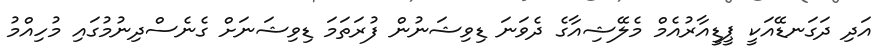
އަދި ދަގަނޑޭއަކީ ޕީޑީއާރުއެމް މެލޭޝިއާގެ ދެވަނަ ޑިވިޝަނުން ފުރަތަމަ ޑިވިޝަނަށް ގެނެސްދިނުމުގައި މުހިއްމު